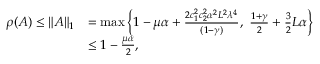
\begin{array} { r l } { \rho ( A ) \leq \| A \| _ { 1 } } & { = \operatorname* { m a x } \left\{ 1 - \mu \alpha + \frac { 2 c _ { 1 } ^ { 2 } c _ { 2 } ^ { 2 } \alpha ^ { 2 } L ^ { 2 } \lambda ^ { 4 } } { ( 1 - \gamma ) } , ~ \frac { 1 + \gamma } { 2 } + \frac { 3 } { 2 } L \alpha \right\} } \\ & { \leq 1 - \frac { \mu \alpha } { 2 } , } \end{array}